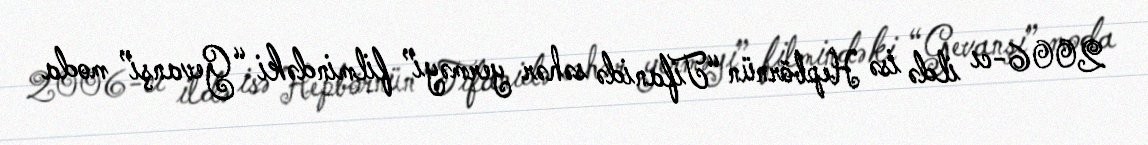
2006-cı ildə isə Hepbörnün “Tifanidə səhər yerməyi” filmindəki “Gevanşi” moda